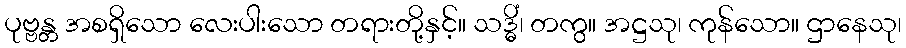
ပုဗ္ဗန္တ အစရှိသော လေးပါးသော တရားတို့နှင့်။ သဒ္ဓိံ၊ တကွ။ အဋ္ဌသု၊ ကုန်သော။ ဌာနေသု၊